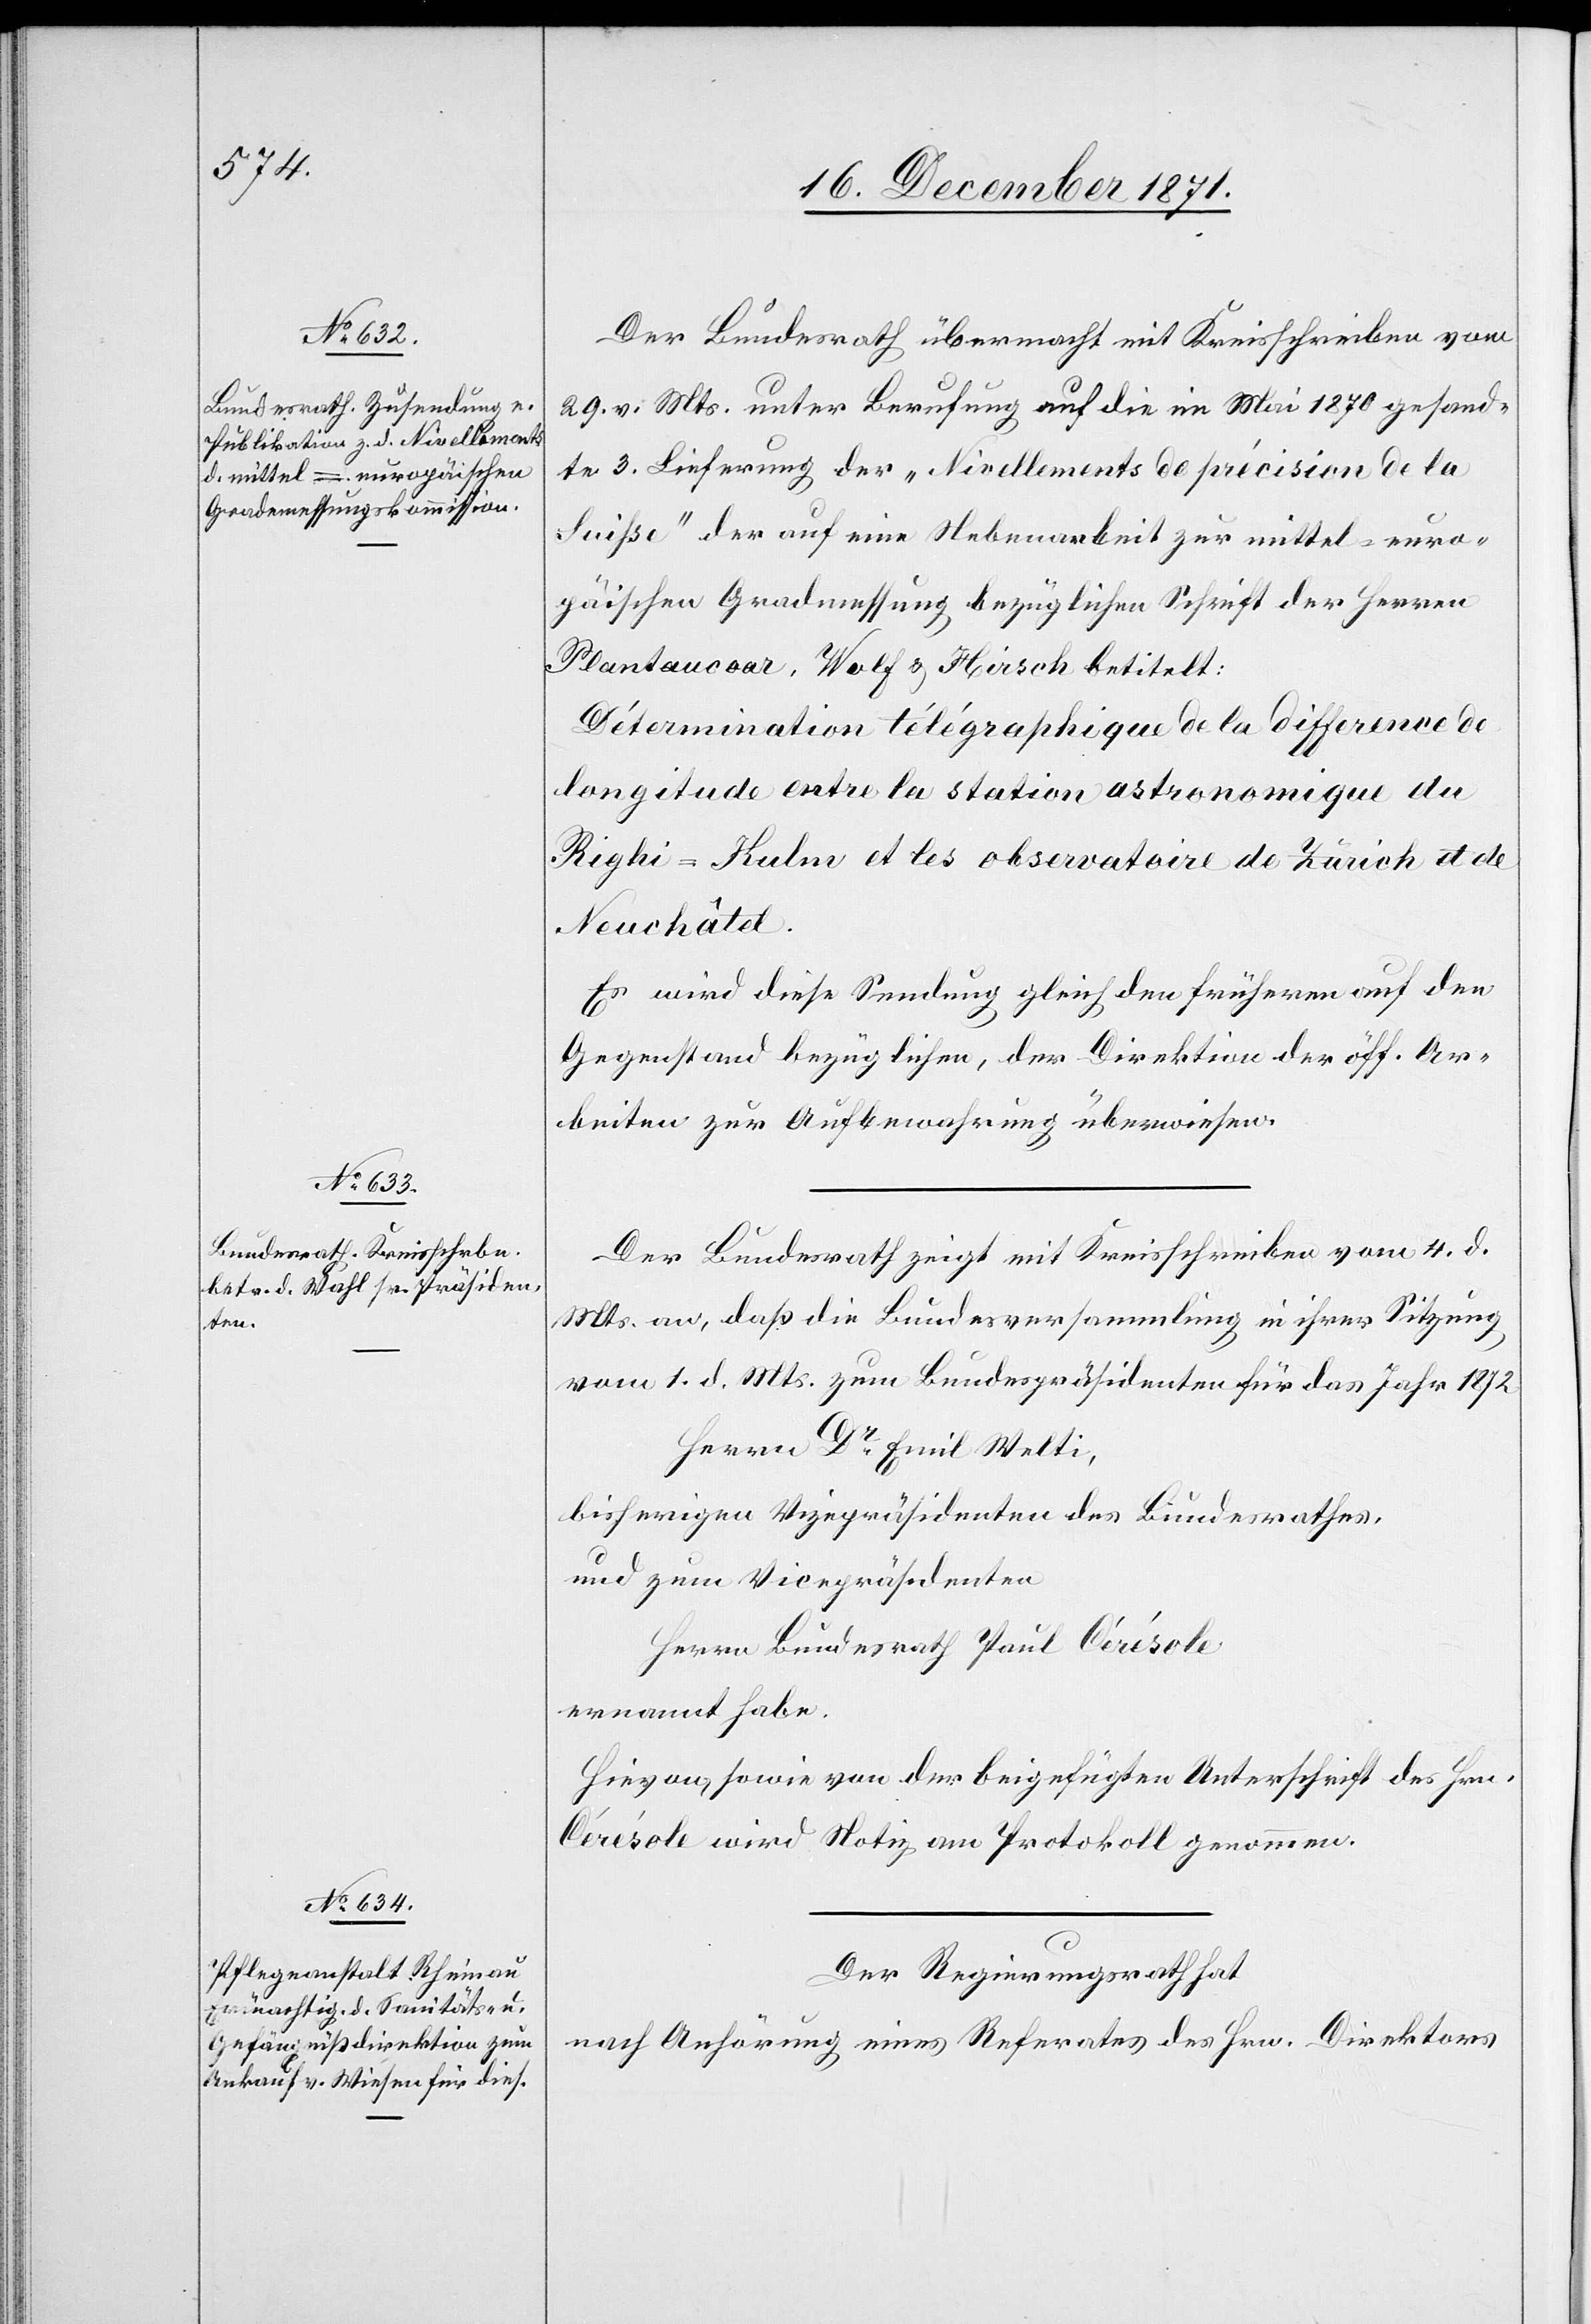
Der Bundesrath übermacht mit Kreisschreiben vom
29. v. Mts. unter Berufung auf die im Mai 1870 gesand¬
te 3. Lieferung der „Nivellements de précision de la
Suisse“ der auf eine Nebenarbeit zur mittel-euro¬
päischen Gradmessung bezüglichen Schrift der Herren
Plantamour], Wolf & Hirsch betitelt:
Détermination télégraphique de la difference de
longitude entre la station astronomique du
Righi-Kuhn et les observatoire[s] de Zürich et de
Neuchâtel.
Es wird diese Sendung gleich den früheren auf den
Gegenstand bezüglichen, der Direktion der öff. Ar¬
beiten zur Aufbewahrung überwiesen.
Der Bundesrath zeigt mit Kreisschreiben vom 4. d.
Mts. an, daß die Bundesversammlung in ihrer Sitzung
vom 1. d. Mts. zum Bundesgerichtspräsidenten für das Jahr 1872
Herrn Dr. Emil Welti,
bisherigen Vizepräsidenten des Bundesrathes,
und zum Vicepräsidenten
Herrn Bundesrath Paul Cérésole
ernannt habe.
Hievon, sowie von der beigefügten Unterschrift des Hrn.
Cérésole wird Notiz am Protokoll genommen.
Der Regierungsrath hat
nach Anhörung eines Referates des Hrn. Direktors